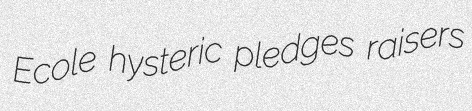
Ecole hysteric pledges raisers